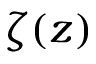
\zeta ( z )